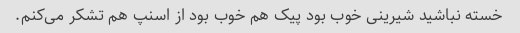
خسته نباشید شیرینی خوب بود پیک هم خوب بود از اسنپ هم تشکر می‌کنم.